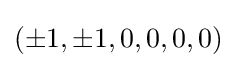
(\pm 1,\pm 1,0,0,0,0)